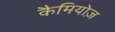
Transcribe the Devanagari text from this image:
कैमियोज़